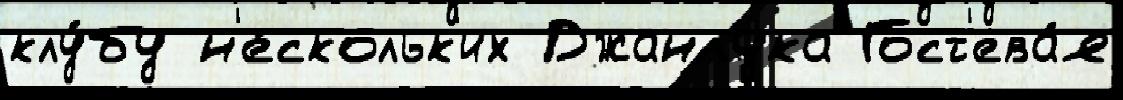
клу́бу н'е́скольк'их Джанлука Гост'ева́я